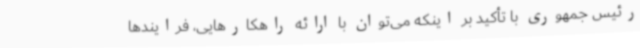
رئیس جمهوری با تأکید بر اینکه می‌توان با ارائه راهکارهایی، فرایندها